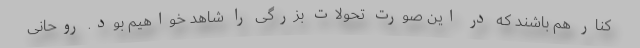
کنار هم باشند که در این صورت تحولات بزرگی را شاهد خواهیم بود. روحانی